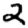
Digit: 2